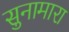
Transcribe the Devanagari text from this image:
सुनामारा